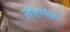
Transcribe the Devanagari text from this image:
लोहापेक्षा